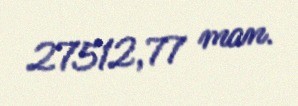
27512,77 man.